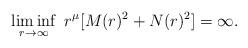
LaTeX: \begin{align*} \liminf_{r \to \infty}~r^{\mu}[ M(r)^2+N(r)^2] =\infty.\end{align*}